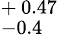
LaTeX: ^{+\, 0.47}_{-0.4}